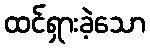
ထင်ရှားခဲ့သော